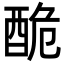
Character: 𨠥